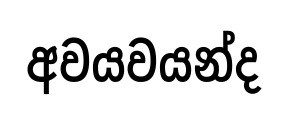
අවයවයන්ද